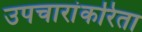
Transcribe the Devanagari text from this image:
उपचारांकरिता